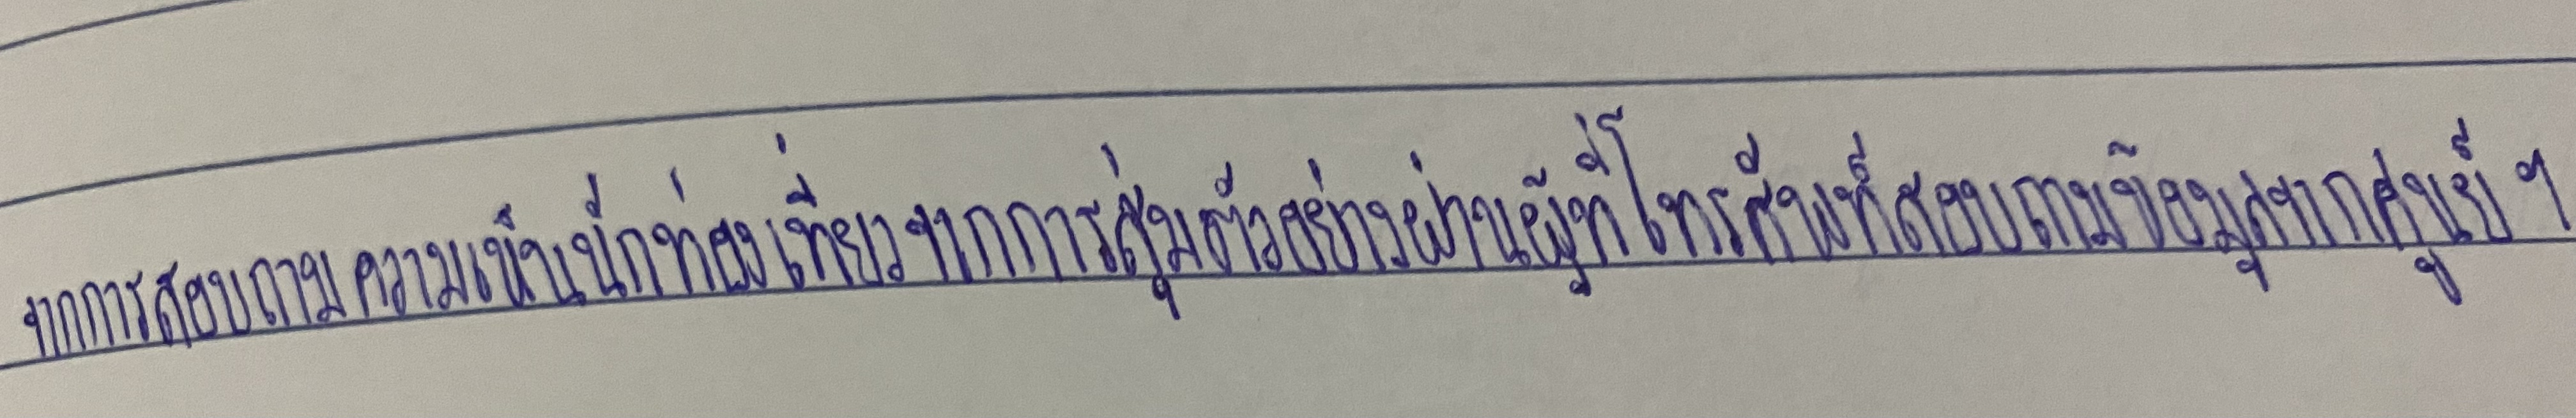
จากการสอบถามความเห็นนักท่องเที่ยวจากการสุ่มตัวอย่างผ่านผู้ที่โทรศัพท์สอบถามข้อมูลจากศูนย์ฯ